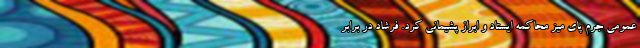
عمومی جرم پای میز محاکمه ایستاد و ابراز پشیمانی کرد. فرشاد در برابر